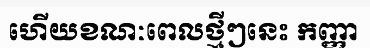
ហើយខណៈពេលថ្មីៗនេះ កញ្ញា